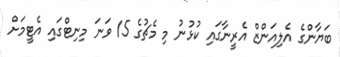
ބަޔާންގެ އެލިއަންޒް އެރީނާގައި ކުޅުނު މި މެޗުގެ 15 ވަނަ މިނިޓްގައި އެޓީމަށް